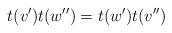
LaTeX: \begin{align*}t(v')t(w'')=t(w')t(v'')\end{align*}